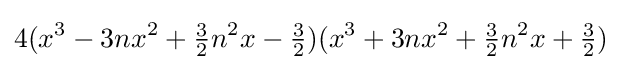
4(x^{3}-3nx^{2}+{\tfrac {3}{2}}n^{2}x-{\tfrac {3}{2}})(x^{3}+3nx^{2}+{\tfrac {3}{2}}n^{2}x+{\tfrac {3}{2}})